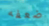
ضعفه